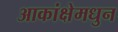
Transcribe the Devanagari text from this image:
आकांक्षेमधुन